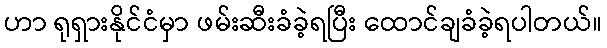
ဟာ ရုရှားနိုင်ငံမှာ ဖမ်းဆီးခံခဲ့ရပြီး ထောင်ချခံခဲ့ရပါတယ်။